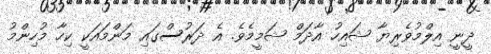
ދީނީ އިލްމުވެރިޔާ ޝައިހު އާދަމް ޝަމީމެވެ. އެ ދަރުސްގައި މަންމައަކީ ކިހާ މުހިންމު